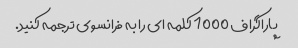
پاراگراف 1000 کلمه ای را به فرانسوی ترجمه کنید.